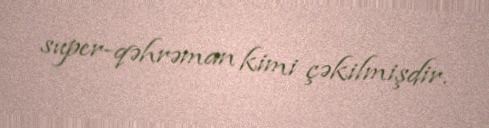
super-qəhrəman kimi çəkilmişdir.